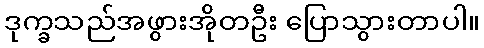
ဒုက္ခသည်အဖွားအိုတဦး ပြောသွားတာပါ။